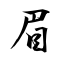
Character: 眉